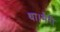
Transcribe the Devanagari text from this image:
था।मैरी